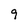
Character: 9